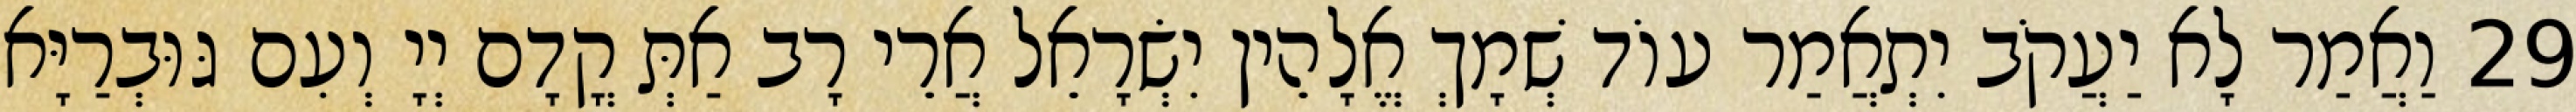
29 וַאֲמַר לָא יַעֲקֹב יִתְאֲמַר עוֹד שְׁמָךְ אֱלָהֵין יִשְׂרָאֵל אֲרֵי רָב אַתְּ קֳדָם יְיָ וְעִם גּוּבְרַיָּא